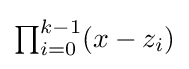
{\textstyle \prod _{i=0}^{k-1}(x-z_{i})}